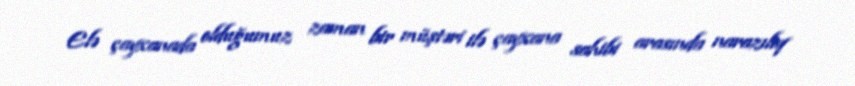
Elə çayxanada olduğumuz zaman bir müştəri ilə çayxana sahibi arasında narazılıq